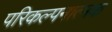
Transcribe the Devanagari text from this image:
परिकल्‍पनात्‍मक